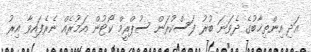
އަދި އިންތިޚާބުގެ ދެވަނަ ބުރު ފަސްކުރަން ސުޕްރީމް ކޯޓުން އަމުރެއް ނެރެފައިވާ އިރު